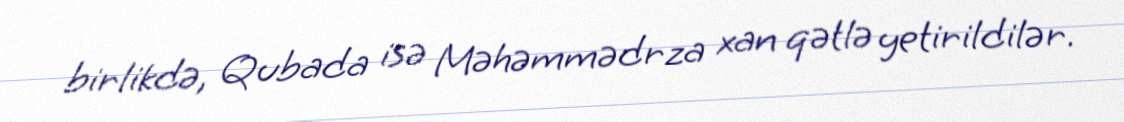
birlikdə, Qubada isə Məhəmmədrza xan qətlə yetirildilər.